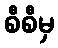
စီစီမှ